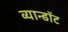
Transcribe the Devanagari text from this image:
व्यान्डॉट